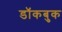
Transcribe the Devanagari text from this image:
डॉकबुक